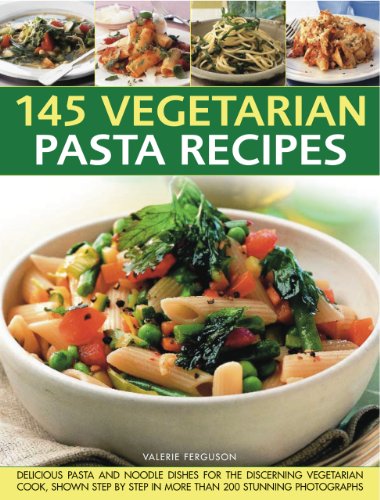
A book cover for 145 Vegetarian Pasta Recipes: Delicious Pasta And Noodle Dishes For The Discerning Vegetarian Cooks; Valerie Ferguson; Cookbooks, Food & Wine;